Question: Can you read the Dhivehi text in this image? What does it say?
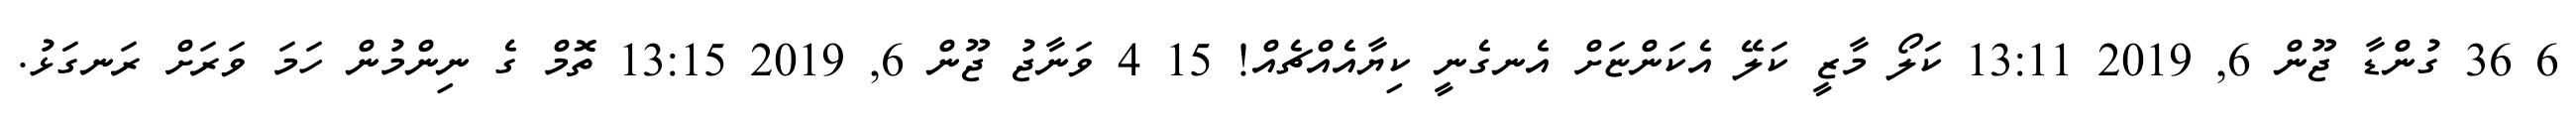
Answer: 6 36 ގުންޑާ ޖޫން 6, 2019 13:11 ކަލޯ މާޒީ ކަލޭ އެކަންޏަށް އެނގެނީ ކިޔާއެއްޗެއް! 15 4 ވަނާޖު ޖޫން 6, 2019 13:15 ތޮމް ގެ ނިންމުން ހަމަ ވަރަށް ރަނގަޅު.